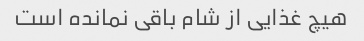
هیچ غذایی از شام باقی نمانده است